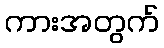
ကားအတွက်